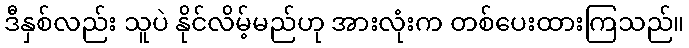
ဒီနှစ်လည်း သူပဲ နိုင်လိမ့်မည်ဟု အားလုံးက တစ်ပေးထားကြသည်။